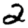
Digit: 2